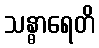
သန္ဓာရေတိ